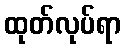
ထုတ်လုပ်ရာ